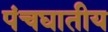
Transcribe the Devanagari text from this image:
पंचघातीय